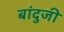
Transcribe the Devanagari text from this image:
बांदुजी